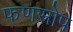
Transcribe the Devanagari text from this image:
फणसोप